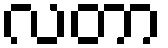
လတာ